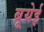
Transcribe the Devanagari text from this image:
बूयेई